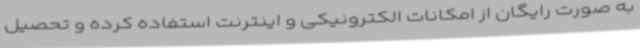
به صورت رایگان از امکانات الکترونیکی و اینترنت استفاده کرده و تحصیل